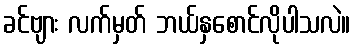
ခင်ဗျား လက်မှတ် ဘယ်နှစောင်လိုပါသလဲ။